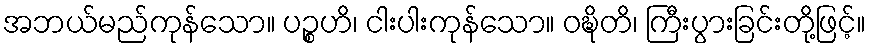
အဘယ်မည်ကုန်သော။ ပဉ္စဟိ၊ ငါးပါးကုန်သော။ ဝဍ္ဎိတိ၊ ကြီးပွားခြင်းတို့ဖြင့်။